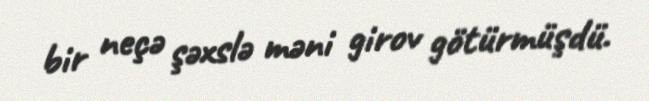
bir neçə şəxslə məni girov götürmüşdü.